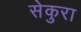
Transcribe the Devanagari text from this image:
सेकुरा